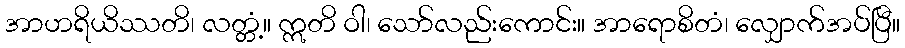
အာဟရိယိဿတိ၊ လတ္တံ့။ ဣတိ ဝါ၊ သော်လည်းကောင်း။ အာရောစိတံ၊ လျှောက်အပ်ပြီ။